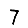
Digit: 7